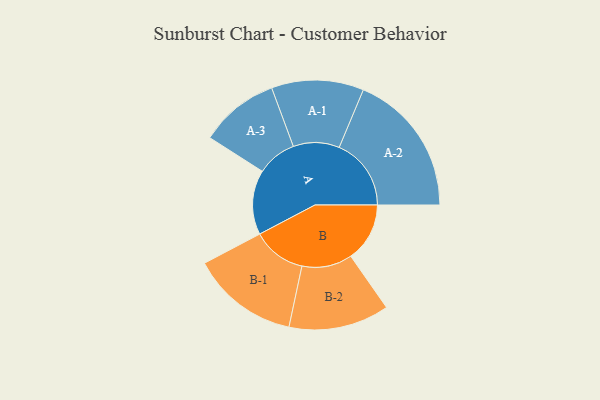
{"axis": {"x": "Segment", "y": "Value"}, "legend": ["", "A", "B"], "data": [{"x": "A", "y": 262, "type": ""}, {"x": "B", "y": 239, "type": ""}, {"x": "A-1", "y": 187, "type": "A"}, {"x": "A-2", "y": 292, "type": "A"}, {"x": "A-3", "y": 161, "type": "A"}, {"x": "B-1", "y": 218, "type": "B"}, {"x": "B-2", "y": 204, "type": "B"}]}